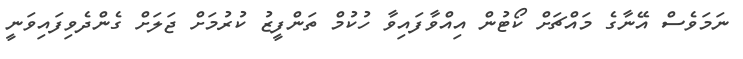
ނަމަވެސް އޭނާގެ މައްޗަށް ކޯޓުން އިއްވާފައިވާ ހުކުމް ތަންފީޒު ކުރުމަށް ޖަލަށް ގެންދެވިފައިވަނީ